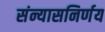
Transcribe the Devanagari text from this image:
संन्यासनिर्णय